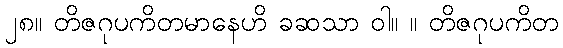
၂၈။ တိဇဂုပကိတမာနေဟိ ခဆသာ ဝါ။ ။ တိဇဂုပကိတ